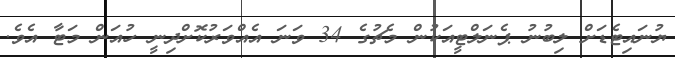
ޔުނައިޓެޑަށް ލިބުނު ޕެނަލްޓީއަކުން މެޗުގެ 34 ވަނަ އެއްވަރުކޮށްދިނީ ހުއަން މަޓާ އެވެ.